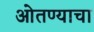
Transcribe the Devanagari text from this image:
ओतण्याचा